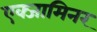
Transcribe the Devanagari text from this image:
एक्‍जामिनर